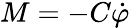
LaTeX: M=-C\dot{\varphi}